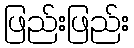
ဖြည်းဖြည်း